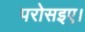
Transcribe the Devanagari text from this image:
परोसइए।